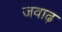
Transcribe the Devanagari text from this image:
जवाढ़